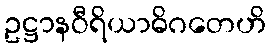
ဥဋ္ဌာနဝီရိယာဓိဂတေဟိ